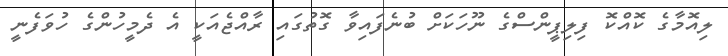
ލިއޮމާގެ ކޮއްކޮ ފިލިޕީންސްގެ ނޫހަކަށް ބުނެފައިވާ ގޮތުގައި ރާއްޖެއަކީ އެ ދެމީހުންގެ ހުވަފެނީ